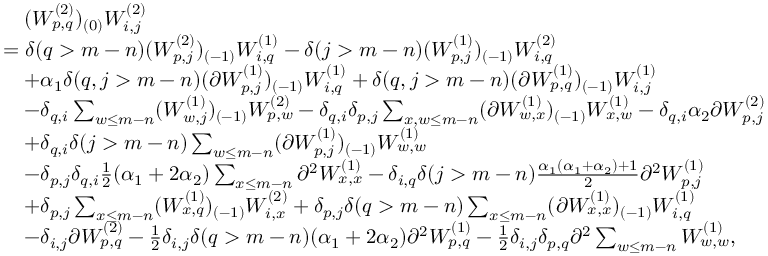
\begin{array} { r l } & { \quad ( W _ { p , q } ^ { ( 2 ) } ) _ { ( 0 ) } W _ { i , j } ^ { ( 2 ) } } \\ & { = \delta ( q > m - n ) ( W _ { p , j } ^ { ( 2 ) } ) _ { ( - 1 ) } W _ { i , q } ^ { ( 1 ) } - \delta ( j > m - n ) ( W _ { p , j } ^ { ( 1 ) } ) _ { ( - 1 ) } W _ { i , q } ^ { ( 2 ) } } \\ & { \quad + \alpha _ { 1 } \delta ( q , j > m - n ) ( \partial W _ { p , j } ^ { ( 1 ) } ) _ { ( - 1 ) } W _ { i , q } ^ { ( 1 ) } + \delta ( q , j > m - n ) ( \partial W _ { p , q } ^ { ( 1 ) } ) _ { ( - 1 ) } W _ { i , j } ^ { ( 1 ) } } \\ & { \quad - \delta _ { q , i } \sum _ { w \leq m - n } ( W _ { w , j } ^ { ( 1 ) } ) _ { ( - 1 ) } W _ { p , w } ^ { ( 2 ) } - \delta _ { q , i } \delta _ { p , j } \sum _ { x , w \leq m - n } ( \partial W _ { w , x } ^ { ( 1 ) } ) _ { ( - 1 ) } W _ { x , w } ^ { ( 1 ) } - \delta _ { q , i } \alpha _ { 2 } \partial W _ { p , j } ^ { ( 2 ) } } \\ & { \quad + \delta _ { q , i } \delta ( j > m - n ) \sum _ { w \leq m - n } ( \partial W _ { p , j } ^ { ( 1 ) } ) _ { ( - 1 ) } W _ { w , w } ^ { ( 1 ) } } \\ & { \quad - \delta _ { p , j } \delta _ { q , i } \frac { 1 } { 2 } ( \alpha _ { 1 } + 2 \alpha _ { 2 } ) \sum _ { x \leq m - n } \partial ^ { 2 } W _ { x , x } ^ { ( 1 ) } - \delta _ { i , q } \delta ( j > m - n ) \frac { \alpha _ { 1 } ( \alpha _ { 1 } + \alpha _ { 2 } ) + 1 } { 2 } \partial ^ { 2 } W _ { p , j } ^ { ( 1 ) } } \\ & { \quad + \delta _ { p , j } \sum _ { x \leq m - n } ( W _ { x , q } ^ { ( 1 ) } ) _ { ( - 1 ) } W _ { i , x } ^ { ( 2 ) } + \delta _ { p , j } \delta ( q > m - n ) \sum _ { x \leq m - n } ( \partial W _ { x , x } ^ { ( 1 ) } ) _ { ( - 1 ) } W _ { i , q } ^ { ( 1 ) } } \\ & { \quad - \delta _ { i , j } \partial W _ { p , q } ^ { ( 2 ) } - \frac { 1 } { 2 } \delta _ { i , j } \delta ( q > m - n ) ( \alpha _ { 1 } + 2 \alpha _ { 2 } ) \partial ^ { 2 } W _ { p , q } ^ { ( 1 ) } - \frac { 1 } { 2 } \delta _ { i , j } \delta _ { p , q } \partial ^ { 2 } \sum _ { w \leq m - n } W _ { w , w } ^ { ( 1 ) } , } \end{array}